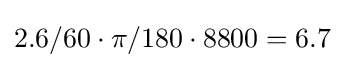
2.6/60\cdot \pi /180\cdot 8800=6.7